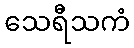
သေရီသကံ